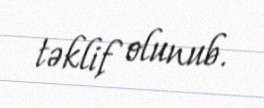
təklif olunub.